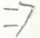
\Rightarrow